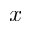
x